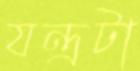
যন্ত্রটা